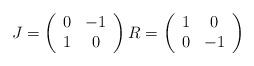
LaTeX: \begin{align*}J=\left(\begin{array}[c]{cc}0 & -1\\1 & 0\end{array}\right) R=\left(\begin{array}[c]{cc}1 & 0\\0 & -1\end{array}\right) \end{align*}